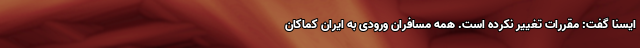
ایسنا گفت: مقررات تغییر نکرده است. همه مسافران ورودی به ایران کماکان